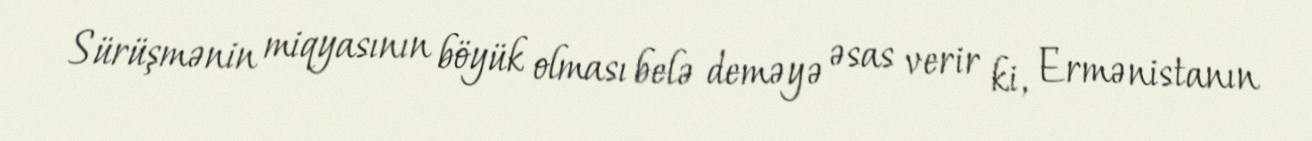
Sürüşmənin miqyasının böyük olması belə deməyə əsas verir ki, Ermənistanın